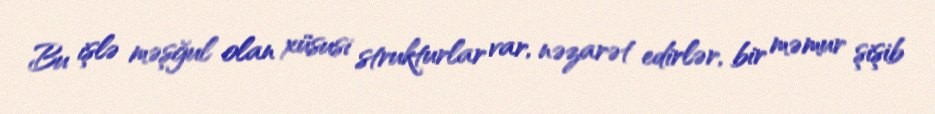
Bu işlə məşğul olan xüsusi strukturlar var, nəzarət edirlər, bir məmur şişib